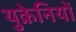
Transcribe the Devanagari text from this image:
युक्रेनियों